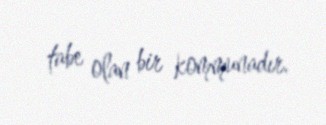
tabe olan bir kommunadır.